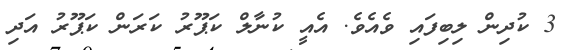
3 ކުދިން ލިބިފައި ވެއެވެ. އެއީ ކުނާލް ކަޕޫރު ކަރަން ކަޕޫރު އަދި